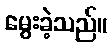
မွေးခဲ့သည်။